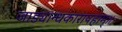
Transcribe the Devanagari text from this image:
जाड्यान्धकारापहाम्‌॥